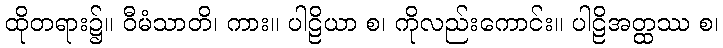
ထိုတရား၌။ ဝီမံသာတိ၊ ကား။ ပါဠိယာ စ၊ ကိုလည်းကောင်း။ ပါဠိအတ္ထဿ စ၊